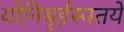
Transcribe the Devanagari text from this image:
योनिबृर्हस्पतये